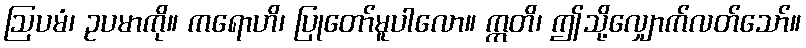
ဩပမံ၊ ဥပမာကို။ ကရောဟိ၊ ပြုတော်မူပါလော။ ဣတိ၊ ဤသို့လျှောက်လတ်သော်။